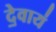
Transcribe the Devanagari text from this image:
दे॒वाय॑